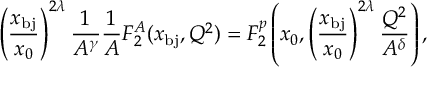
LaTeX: \left( \frac { x _ { \mathrm { b j } } } { x _ { 0 } } \right) ^ { 2 \lambda } \frac { 1 } { A ^ { \gamma } } \frac { 1 } { A } F _ { 2 } ^ { A } ( x _ { \mathrm { b j } } , Q ^ { 2 } ) = F _ { 2 } ^ { p } \left( x _ { 0 } , \left( \frac { x _ { \mathrm { b j } } } { x _ { 0 } } \right) ^ { 2 \lambda } \frac { Q ^ { 2 } } { A ^ { \delta } } \right) ,